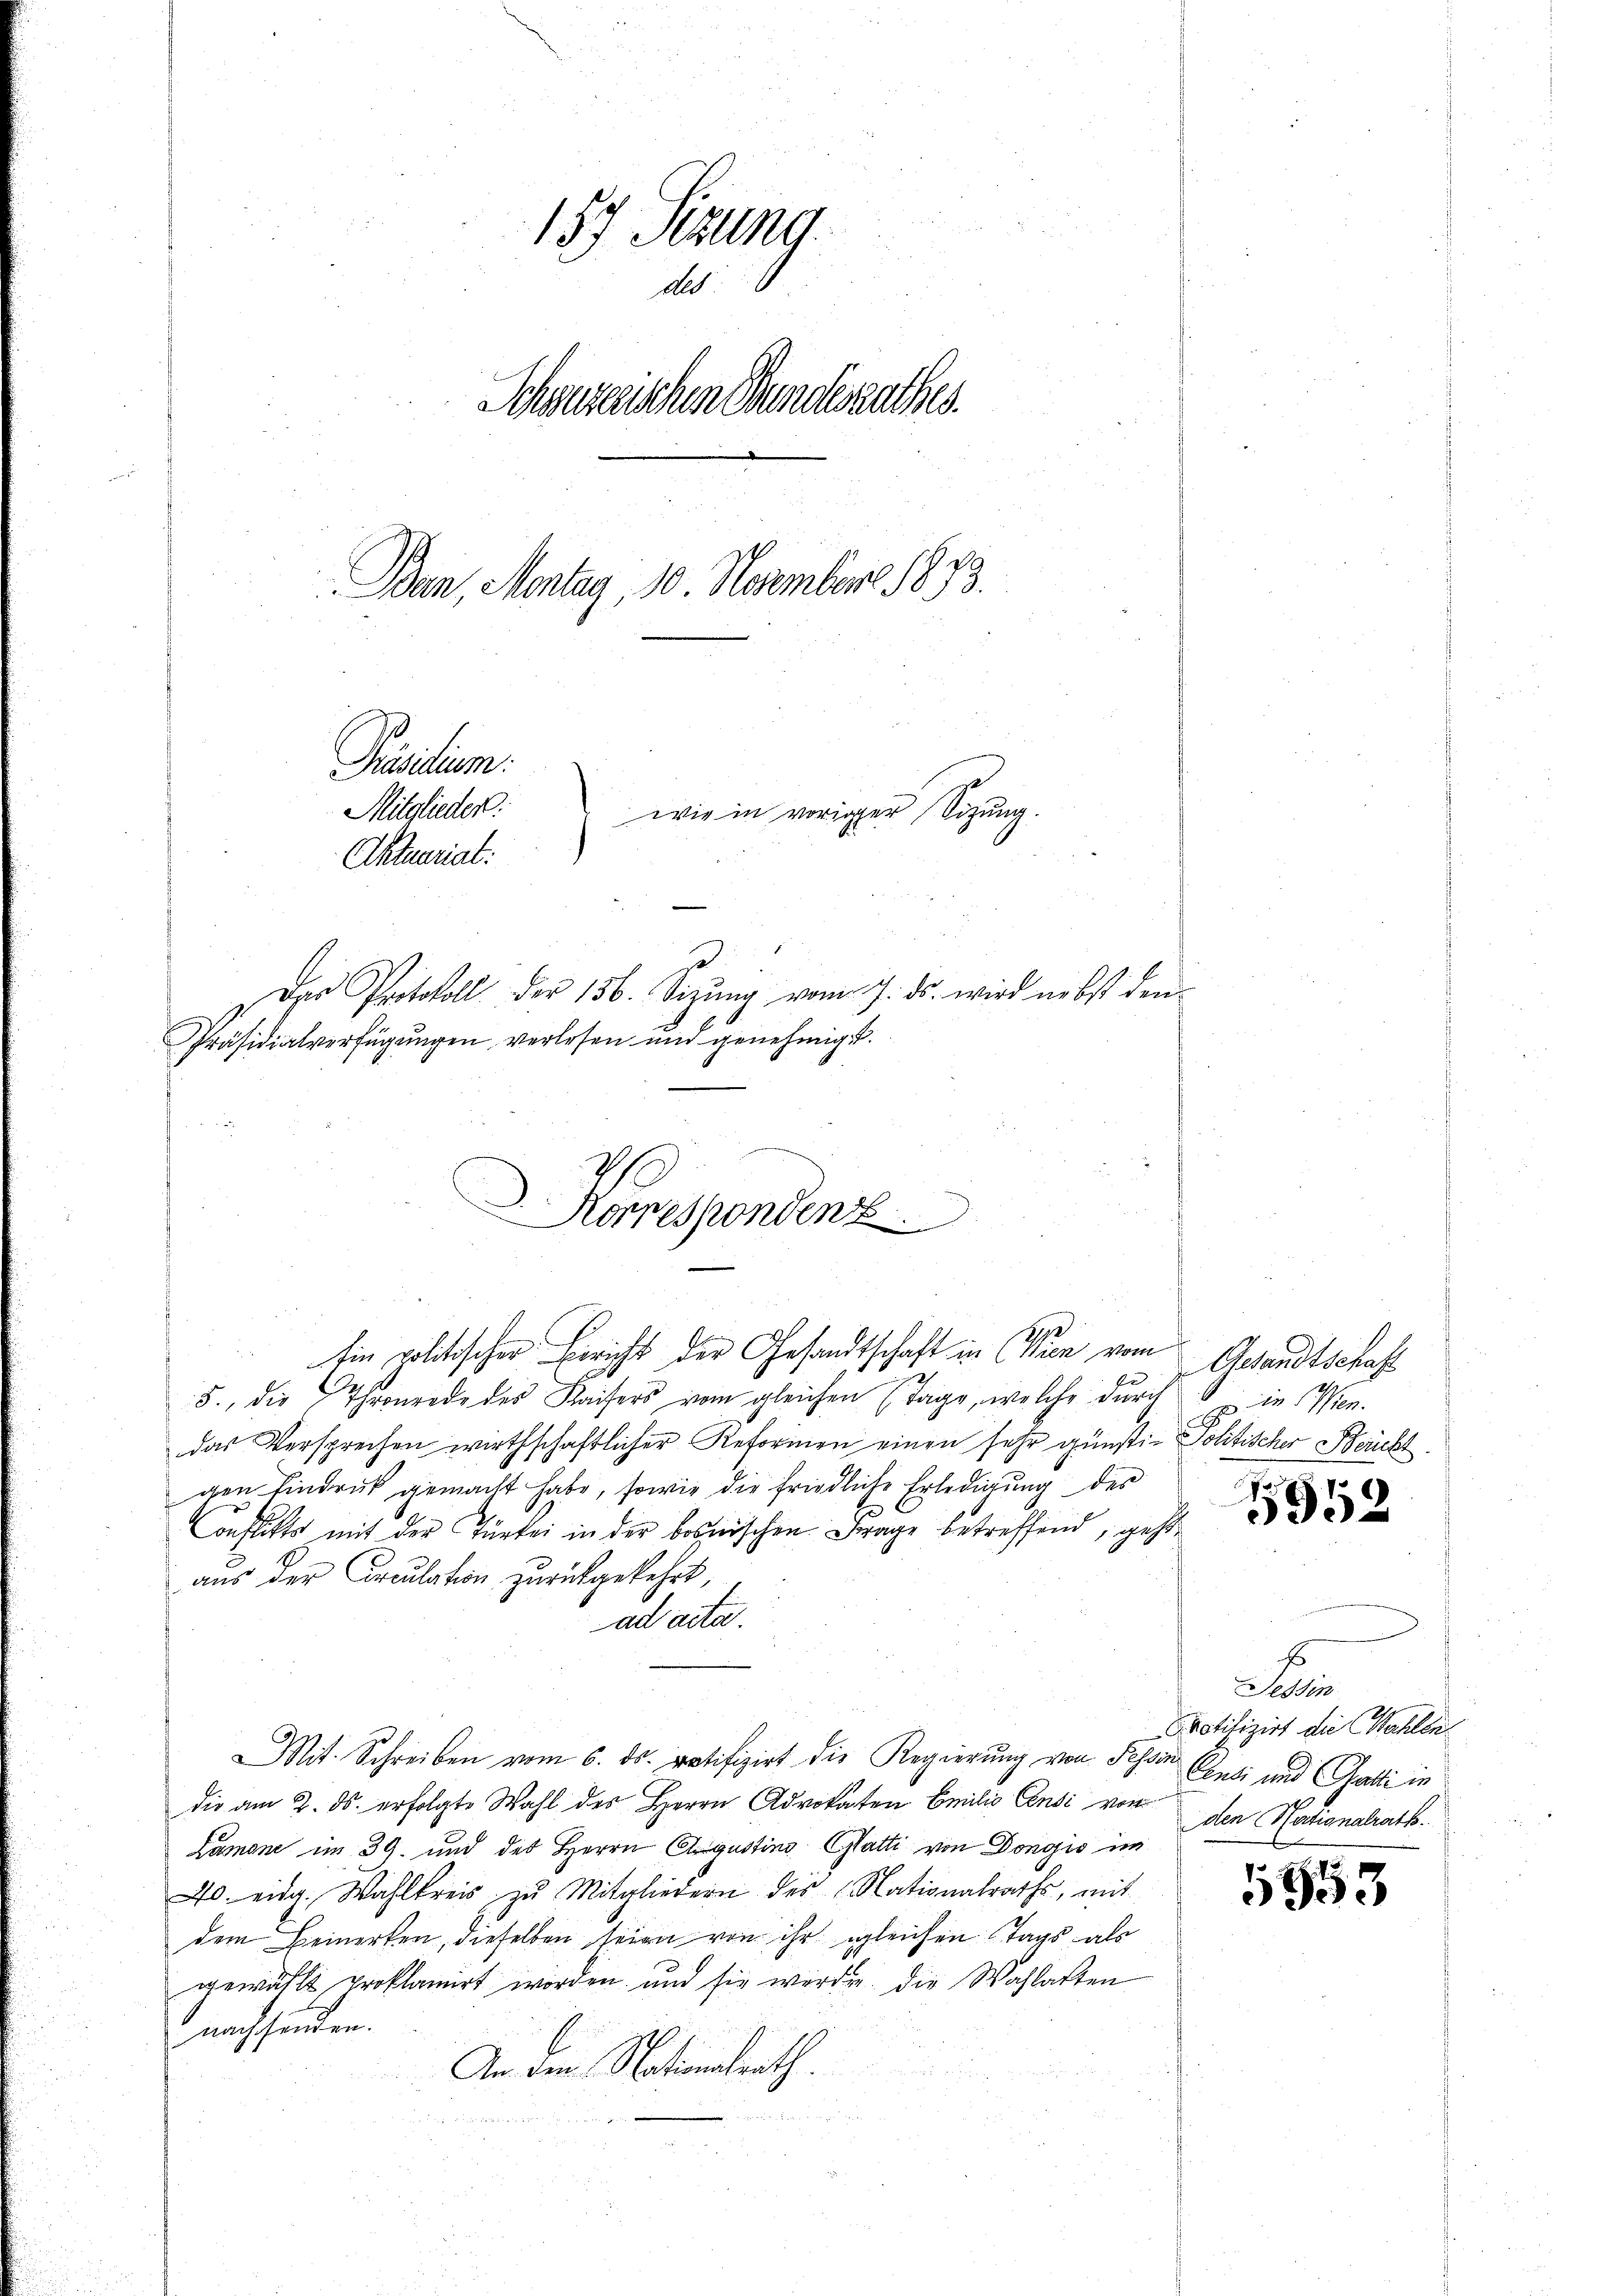
157 Sizung
Als
Schwurzerischen Bundesrathes.
Ban, Montag, 10. November 1873.
Präsidium.
Mitglieder.
wie in voriger Sitzung
Aktuariat.
s
Das Protokoll der 156. Sitzŭng vom 7. ds. wird nebst den
Präsidialverfügungen verlesen und genehmigt.

Korrespondenz.
H

Ein politischer Bericht der Gesandtschaft in (Wien vom Gesandtschaft
5., die Thronrede des Kaisers vom gleichen Tage, welche durch  in Wien.
das Versprechen wirthschaftlicher Reformen einen sehr günsti- Politischer Brücht
gen Eindruck gemacht habe, sowie die friedliche Erledigung des
onflikts mit der Turtei in der bosnischen Frage betreffend, geht
aus der Circulation zurückgekehrt,
ad acta.
Mit Schreiben vom 6. ds. ratifizirt die Regierung von Tessin
die am 3. ds. erfolgte Wahl des Herrn Advokaten Emilio Censi vom
Lämone im 39. und des Herrn Augustins Glatti von Dongis im
40. eidg. Wahlkreis zŭ Mitgliedern des Nationalrath, mit
dem Bemerken, dieselben seien von ihr gleichen Tags als
gewählt proklamirt worden und sie werden die Wahlarten
nachsenden.
An den Nationsrath.

1952

E
Tessin
Protifizirt die Wahlen.
Cuti und Gatti in
den Nationalrath.

5953